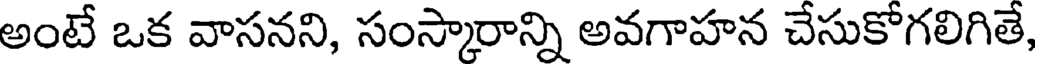
అంటే ఒక వాసనని, సంస్కారాన్ని అవగాహన చేసుకోగలిగితే,